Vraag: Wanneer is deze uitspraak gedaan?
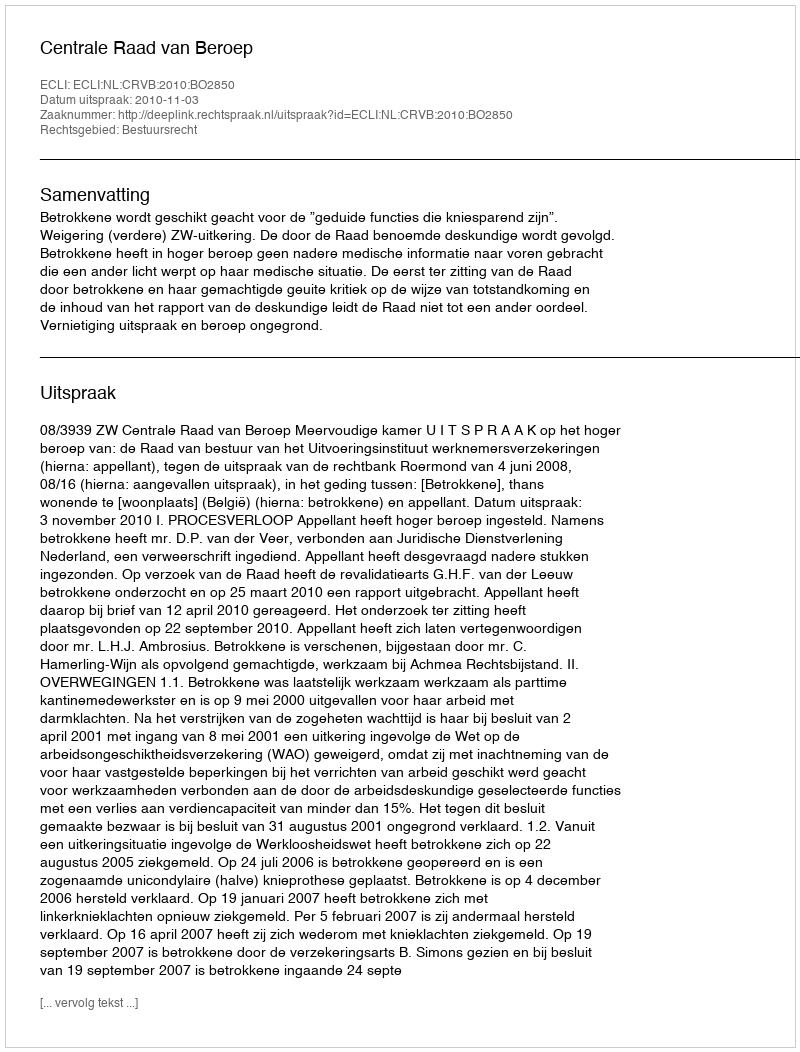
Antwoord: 2010-11-03